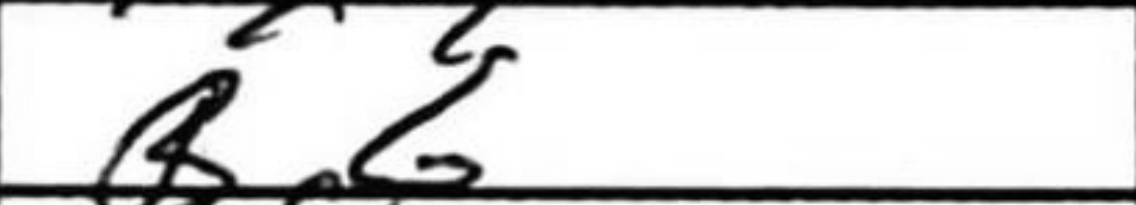
Transcription: B6